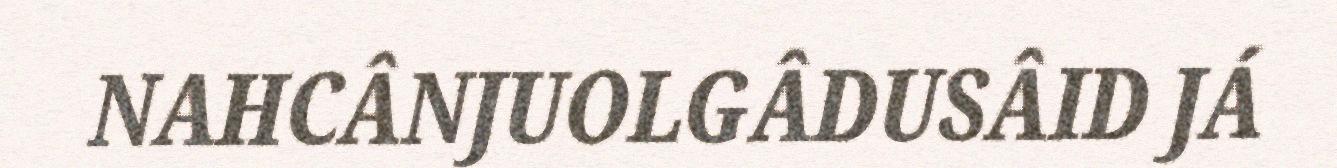
NAHCÂNJUOLGÂDUSÂID JÁ